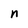
Character: n